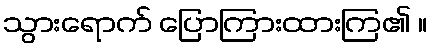
သွားရောက် ပြောကြားထားကြ၏ ။